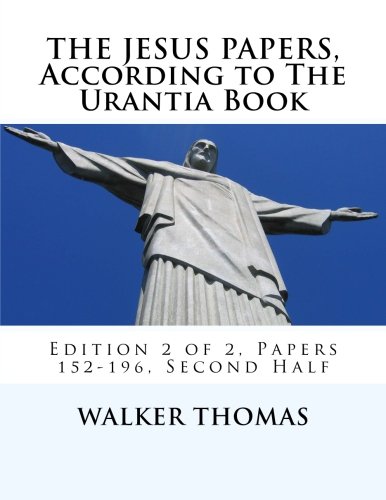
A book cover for The Jesus Papers, According to The Urantia Book: Edition 2 of 2, Papers 152-196, Pages 586-1160 (PEACE PLEASE: 1,000 Proposals to Transform the Planet ... for All - No Exceptions) (Volume 12); Walker Thomas; Religion & Spirituality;